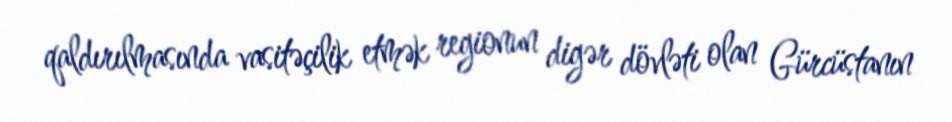
qaldırılmasında vasitəçilik etmək regionun digər dövləti olan Gürcüstanın